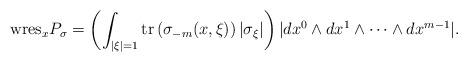
LaTeX: \begin{align*}\textnormal{wres}_x P_\sigma=\left ( \int_{|\xi |=1}\textrm{tr} \left (\sigma_{-m}(x, \xi) \right ) |\sigma_\xi |\right ) |dx^0 \wedge dx^1 \wedge \cdots \wedge dx^{m-1}|.\end{align*}